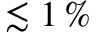
\lesssim 1 \, \%